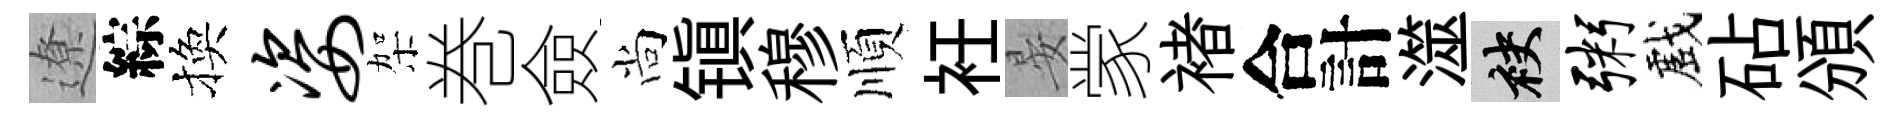
遼綜換姿架巻僉尚镇穆順衽晏䝉褚合計澨袂粥戲砧頒